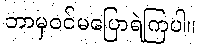
ဘာမှဝင်မပြောရဲကြပါ။